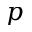
p